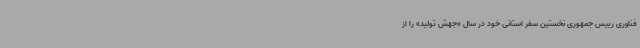
فناوری رییس جمهوری نخستین سفر استانی خود در سال «جهش تولید» را از